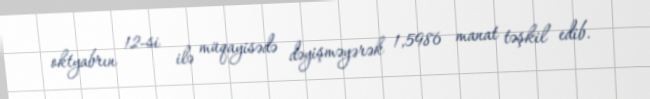
oktyabrın 12-si ilə müqayisədə dəyişməyərək 1,5986 manat təşkil edib.